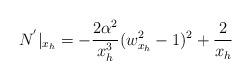
LaTeX: \begin{align*}N^{'}|_{x_h}=-\frac{2\alpha^2}{x_h^3}(w_{x_h}^2-1)^2+\frac{2}{x_h}\end{align*}